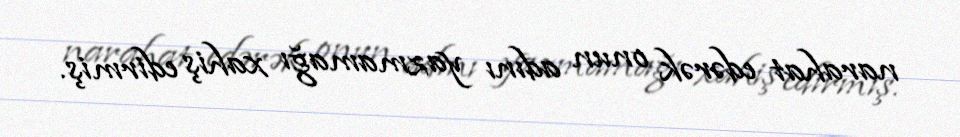
narahat edərək onun adını yazmamağı xahiş edirmiş.